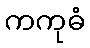
ကကုဓံ